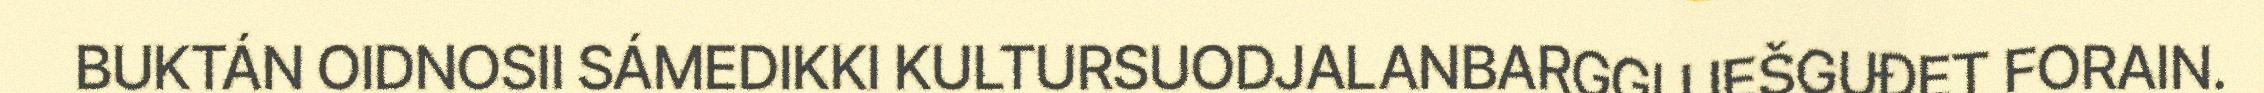
BUKTÁN OIDNOSII SÁMEDIKKI KULTURSUODJALANBARGGU IEŠGUĐET FORAIN.